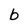
Character: b